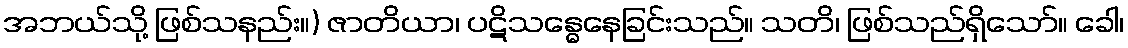
အဘယ်သို့ ဖြစ်သနည်း။) ဇာတိယာ၊ ပဋိသန္ဓေနေခြင်းသည်။ သတိ၊ ဖြစ်သည်ရှိသော်။ ခေါ၊